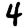
Digit: 4